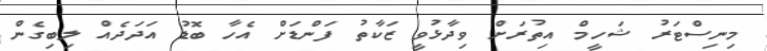
މިނިސްޓަރު ޝަހީމް އިތުރަށް ވިދާޅުވީ ޒަކާތު ފަންޑަށް އެހާ ބޮޑު އަދަދެއް ލިބިގެން